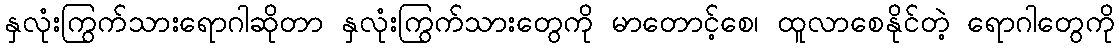
နှလုံးကြွက်သားရောဂါဆိုတာ နှလုံးကြွက်သားတွေကို မာတောင့်စေ၊ ထူလာစေနိုင်တဲ့ ရောဂါတွေကို